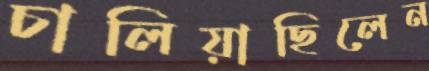
চালিয়াছিলেন